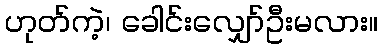
ဟုတ်ကဲ့၊ ခေါင်းလျှော်ဦးမလား။